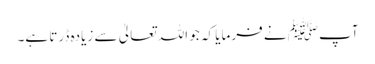
آپﷺ نے فرمایا کہ جو اللہ تعالیٰ سے زیادہ ڈرتا ہے۔